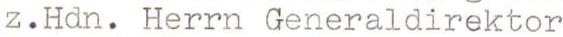
z.Hdn. Herrn Generaldirektor